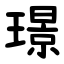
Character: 璟